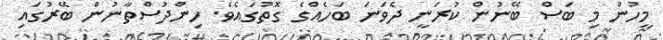
މީހުން މި ބަސް ބޭނުން ކުރަނީ ދެވަނަ ބަހެއްގެ ގޮތުގައެވެ. ހިންދުސްތާނުން ބޭރުގައި